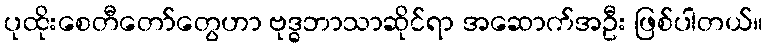
ပုထိုးစေတီတော်တွေဟာ ဗုဒ္ဓဘာသာဆိုင်ရာ အဆောက်အဦး ဖြစ်ပါတယ်။